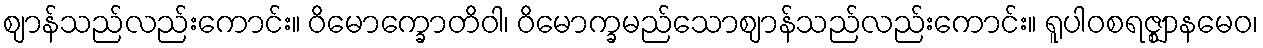
ဈာန်သည်လည်းကောင်း။ ဝိမောက္ခောတိဝါ၊ ဝိမောက္ခမည်သောဈာန်သည်လည်းကောင်း။ ရူပါဝစရဇ္ဈာနမေဝ၊